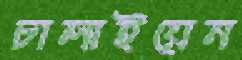
চালাইয়েন